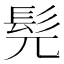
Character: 髡